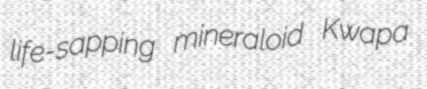
life-sapping mineraloid Kwapa